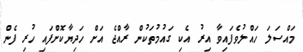
މައްސަލަ ހައްލުވެފައިވާ އިރު އެކި ގައުމުތަކުން ރާއްޖެ އަށް ހަދިޔާކޮށްފައި ހުރި ފެން